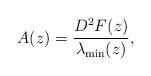
LaTeX: \begin{align*}A(z)=\frac{D^2F(z)}{\lambda_{\rm min}(z)},\end{align*}